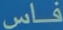
فاس